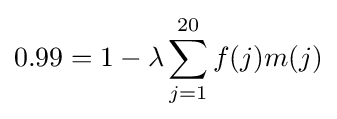
0.99=1-\lambda \sum _{j=1}^{20}f(j)m(j)